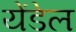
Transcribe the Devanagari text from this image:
येंडेल